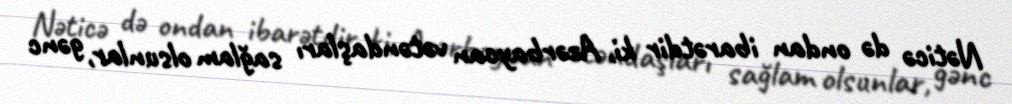
Nəticə də ondan ibarətdir ki, Azərbaycan vətəndaşları sağlam olsunlar, gənc